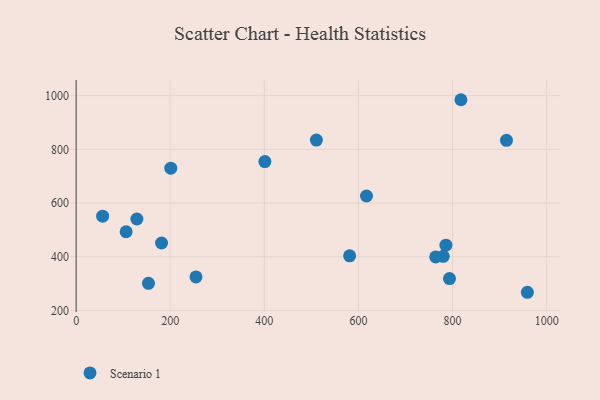
{"axis": {"x": "Experience", "y": "Demand"}, "legend": ["Scenario 1"], "data": [{"x": "106.3", "y": 493.2, "type": "Scenario 1"}, {"x": "181.5", "y": 451.3, "type": "Scenario 1"}, {"x": "780.1", "y": 401.5, "type": "Scenario 1"}, {"x": "793.4", "y": 318.8, "type": "Scenario 1"}, {"x": "958.9", "y": 267.7, "type": "Scenario 1"}, {"x": "817.7", "y": 984.8, "type": "Scenario 1"}, {"x": "617.0", "y": 626.3, "type": "Scenario 1"}, {"x": "401.1", "y": 754.5, "type": "Scenario 1"}, {"x": "581.2", "y": 403.4, "type": "Scenario 1"}, {"x": "129.1", "y": 540.6, "type": "Scenario 1"}, {"x": "785.8", "y": 443.1, "type": "Scenario 1"}, {"x": "56.3", "y": 551.0, "type": "Scenario 1"}, {"x": "201.1", "y": 729.9, "type": "Scenario 1"}, {"x": "153.7", "y": 301.1, "type": "Scenario 1"}, {"x": "254.7", "y": 325.0, "type": "Scenario 1"}, {"x": "764.1", "y": 399.3, "type": "Scenario 1"}, {"x": "914.5", "y": 833.7, "type": "Scenario 1"}, {"x": "510.5", "y": 834.7, "type": "Scenario 1"}]}